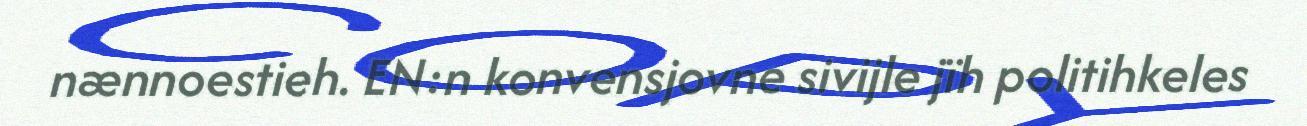
nænnoestieh. EN:n konvensjovne sivijle jïh politihkeles